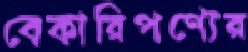
বেকারিপণ্যের